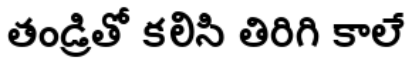
తండ్రితో కలిసి తిరిగి కాలే